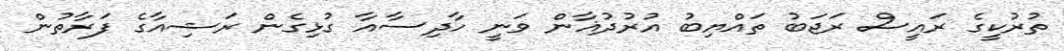
ތުރުކީގެ ރައީސް ރަޖަބު ތައްޔިބު އުރުދުޣާން ވަނީ ހާދިސާއާ ގުޅިގެން ރަޝިއާގެ ފަރާތުން